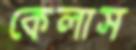
কেলাস